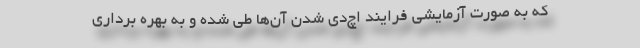
که به صورت آزمایشی فرایند اچ‌دی شدن آن‌ها طی شده و به بهره برداری